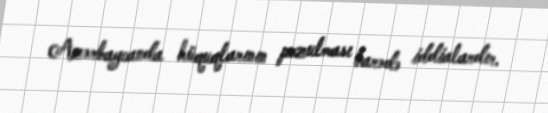
Azərbaycanda hüquqlarının pozulması barədə iddialardır.